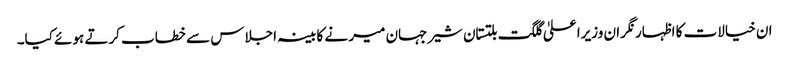
ان خیالات کا اظہار نگران وزیرا علیٰ گلگت بلتستان شیرجہان میر نے کابینہ اجلاس سے خطاب کرتے ہوئے کیا۔